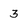
Character: 3